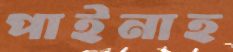
পাইনাহ